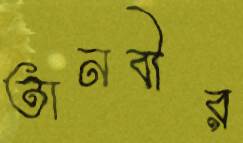
তানবীর